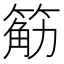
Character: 䈥